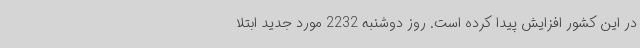
در این کشور افزایش پیدا کرده است. روز دوشنبه 2232 مورد جدید ابتلا